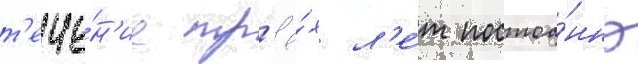
т'ече́н'ие тр'ё́х л'е́т постоа́нно